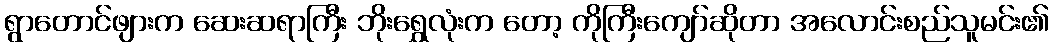
ရွာတောင်ဖျားက ဆေးဆရာကြီး ဘိုးရွှေလုံးက တော့ ကိုကြီးကျော်ဆိုတာ အလောင်းစည်သူမင်း၏